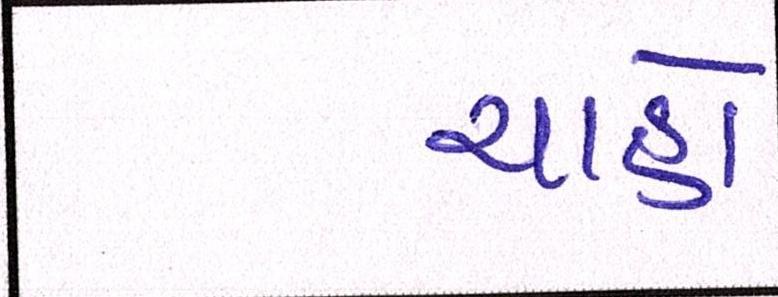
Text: ચાહો